Rae_vallavalitsus, lk 9
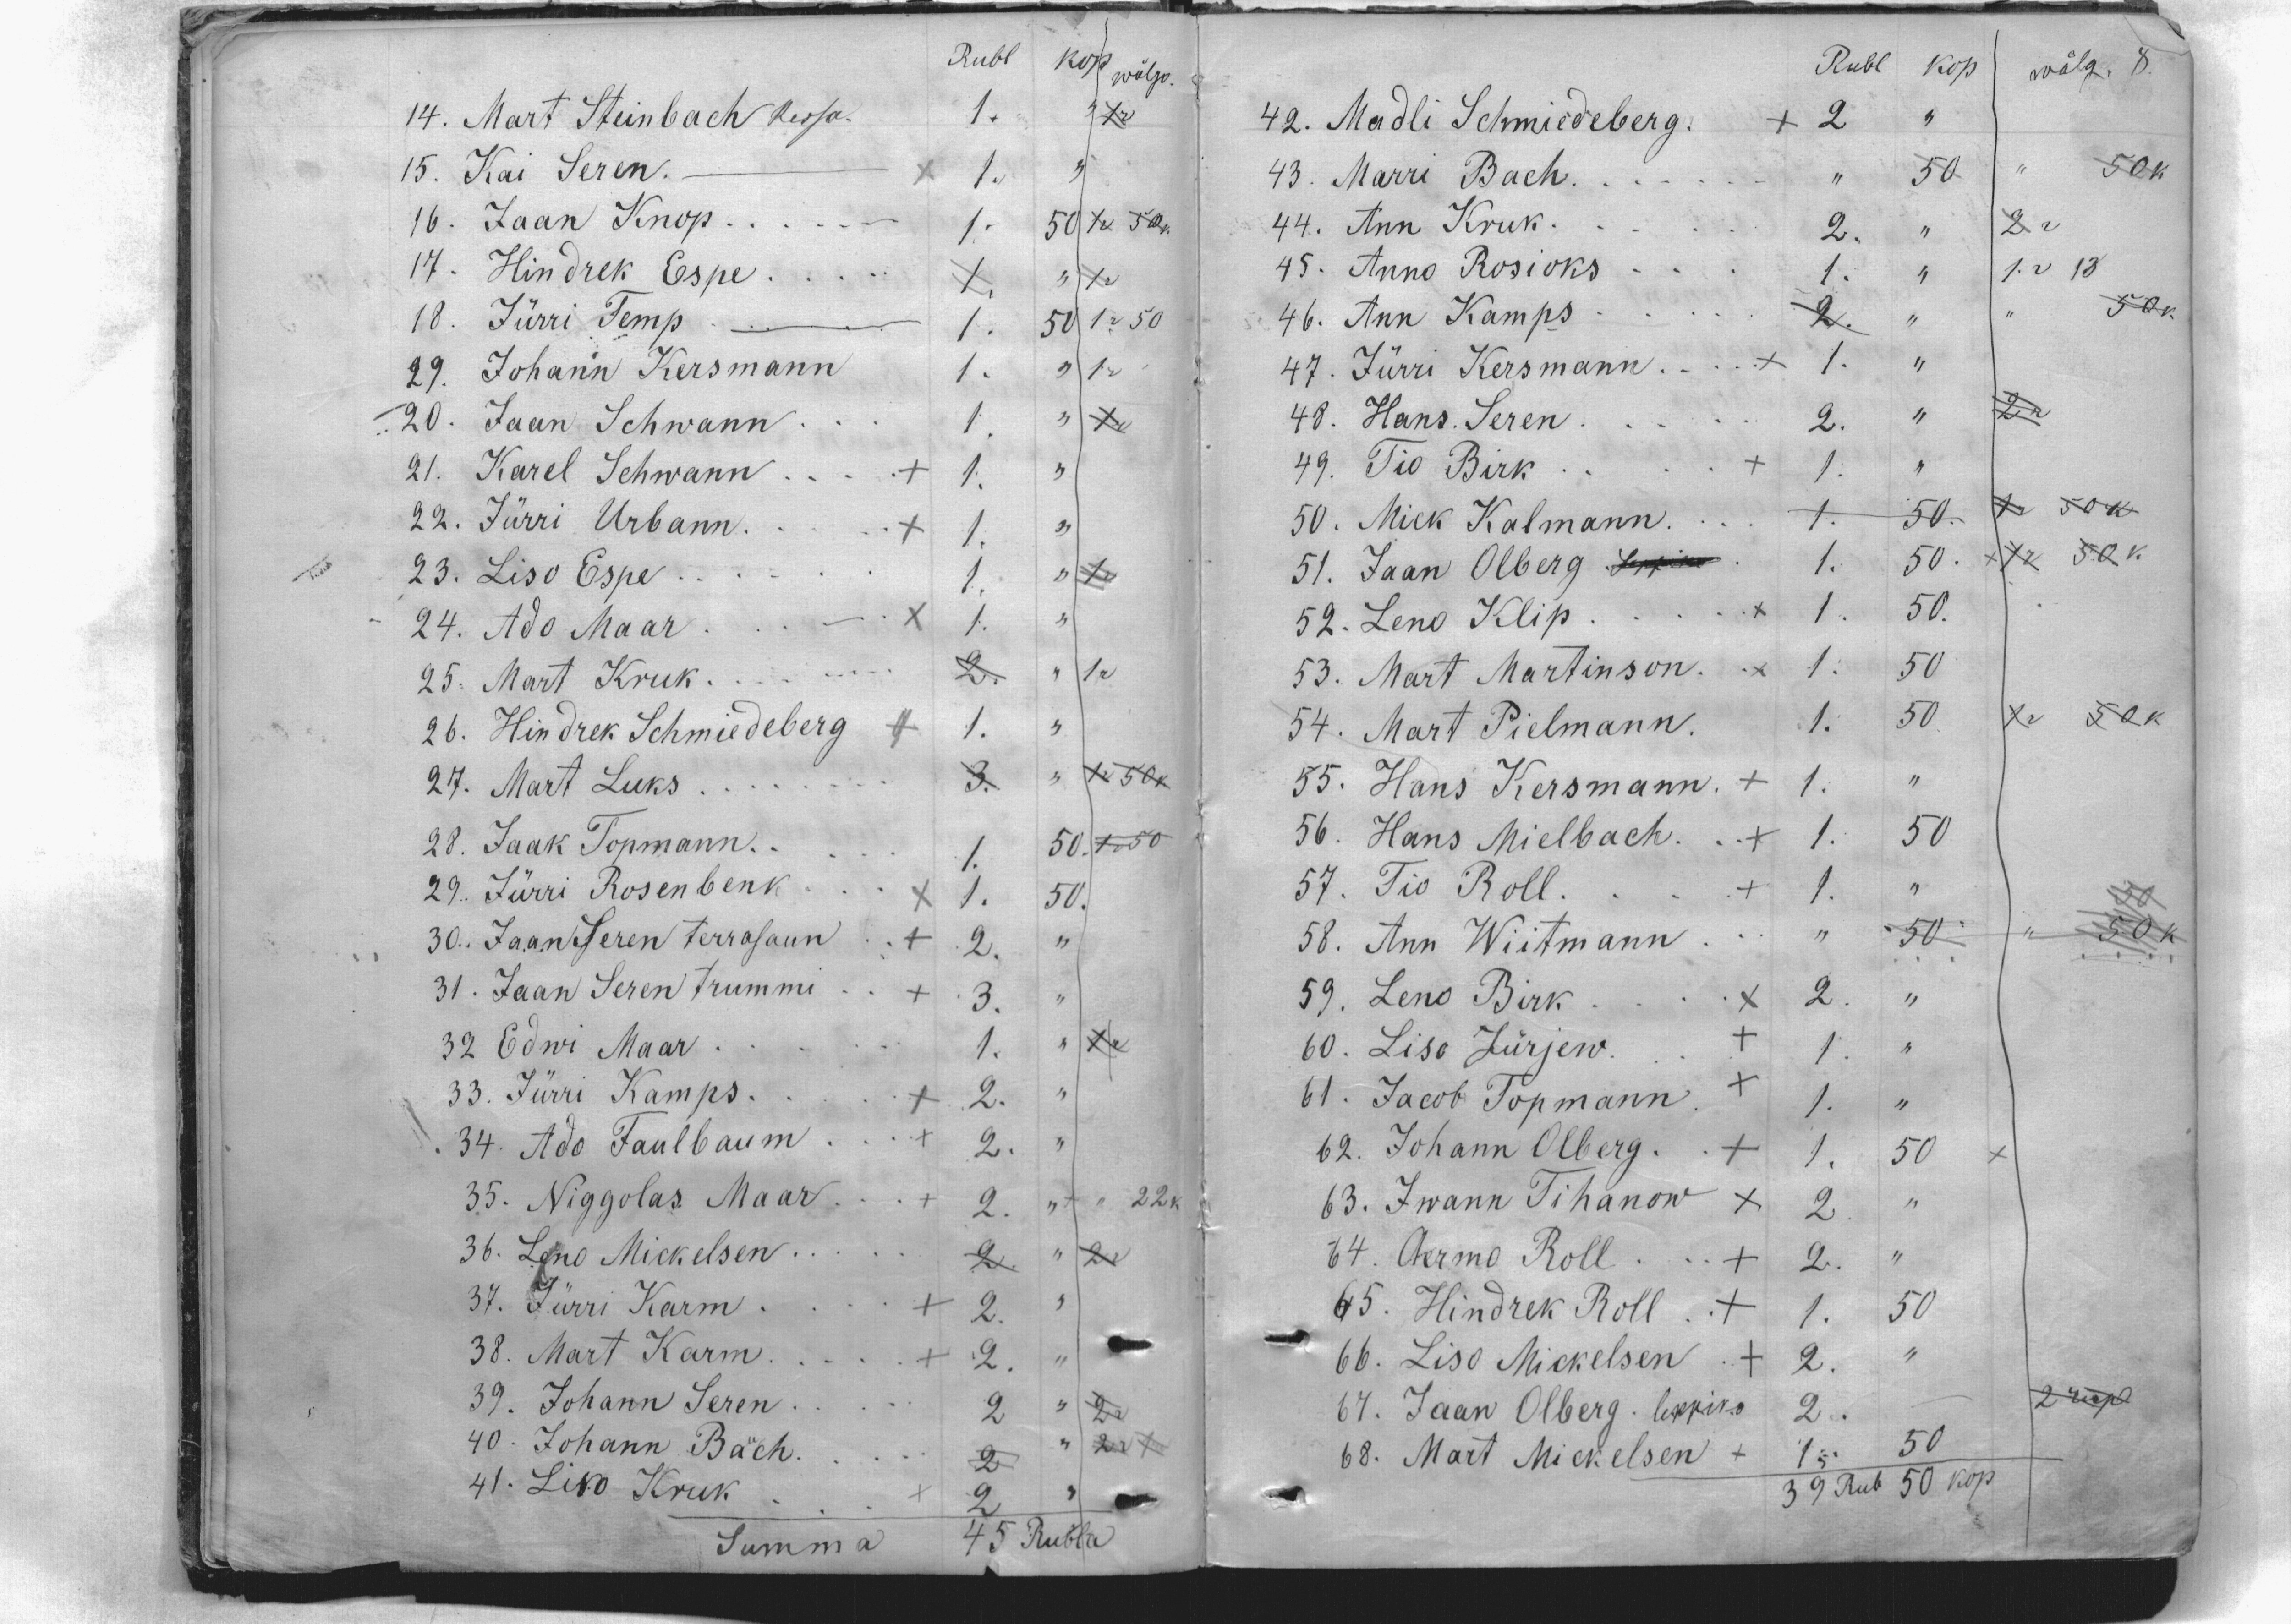
Rubl Kop wölgo.
14. Mart Steinbach Kersa. 1+  " 1r
15. Kai Seren. -  + 1. "
16. Jaan Knop ... 1. 50  1r 50k
17. Hindrek Espe
18. Jürri Temp - 1. 50   1r 50
29 Johann Kersmann   1
20. Jaan Schwann
21. Karel Schwann
22. Jürri Urbann.
23. Liso Espe.
24. Ado Maar
25. Mart Kruk.
26. Hindrek Schmiedeberg +
27. Mart Luks
28. Jaak Topmann..
29. Jürri Rosenbenk
30. Jaan Seren terrasaun
31. Jaan Seren trummi
32 Edwi Maar
33. Jürri Kamps.
34. Ado Faulbaum
35. Niggolas Maar
36. Leno Mickelsen.
37. Jürri Karm.
38. Mart Karm.
39. Johann Seren
40. Johann Bach.
41. Livo Kruk
Summa
45 Rubla

Rubl Kop
wõlg. 8.
42. Madli Schmiedeberg. + 2 "
43. Marri Bach ...  " 50
44. Ann Kruk.
45. Anno Rosioks ...
46. Ann Kamps ...
47. Jürri Kersmann ... + 1. "
48. Hans. Seren
49. Tio Birk + 1
50. Mick Kalmann ... 1. 50.
51. Jaan Olberg Leppik 1. 50.
52. Leno Klip ... +1. 50.
53. Mart Martinson. +1.50
54. Mart Pielmann. 1. 50
55. Hans Kersmann. + 1.
56. Hans Mielbach. + 1. 50
57. Tio Roll
58. Ann Wiitmann ... " 50
59. Leno Birk ... + 2 "
60. Liso Jürjew. + 1
61. Jakob Topmann. + 1.
62. Johann Olberg. + 1. 50
63. Iwann Tihanow +2.   "
64. Aermo Roll ... + 2.
65. Hindrek Roll.  + 1. 50
66. Liso Mickelsen + 2.
67. Jaan Olberg leppiko 2.
68. Mart Mickelsen + 1. 50
39 Rub 50 kop.